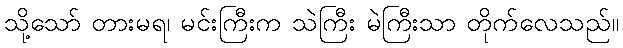
သို့သော် တားမရ၊ မင်းကြီးက သဲကြီး မဲကြီးသာ တိုက်လေသည်။